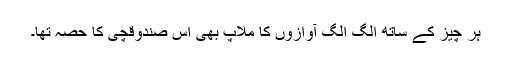
ہر چیز کے ساتھ الگ الگ آوازوں کا ملاپ بھی اس صندوقچی کا حصہ تھا۔